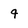
Character: q